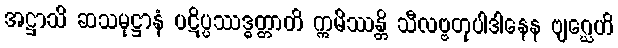
အဋ္ဌာသိ ဆသမုဋ္ဌာနံ ပဋိပ္ပဿဒ္ဓတ္တာတိ ဣမိဿန္တိ သီလဗ္ဗတုပါဒါနေန ဗျဂ္ဃေဟိ